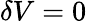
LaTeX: \delta V=0